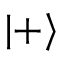
| + \rangle